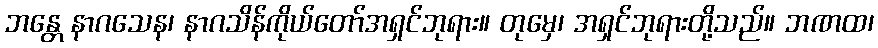
ဘန္တေ နာဂသေန၊ နာဂသိန်ကိုယ်တော်အရှင်ဘုရား။ တုမှေ၊ အရှင်ဘုရားတို့သည်။ ဘဏထ၊